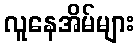
လူနေအိမ်များ